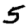
Digit: 5